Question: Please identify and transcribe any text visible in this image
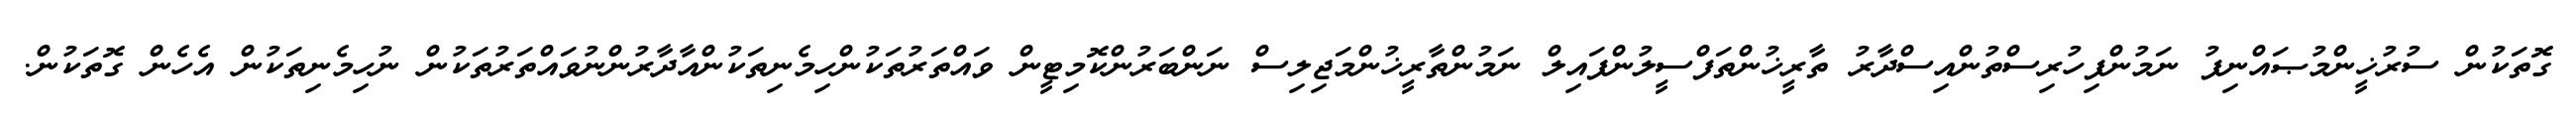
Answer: ގޮތަކުން ސުރުޚީންމުޞައްނިފު ނަމުންފިހުރިސްތުންއިސްދާރު ތާރީޚުންތަފްސީލުންފައިލް ނަމުންތާރީޚުންމަޖިލިސް ނަންބަރުންކޮމިޓީން ވައްތަރުތަކުންހިމެނިތަކުންއާދާރުންނުވައްތަރުތަކުން ނުހިމެނިތަކުން އެހެން ގޮތަކުން.